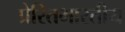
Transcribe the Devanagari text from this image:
प्रेरितभारतीय